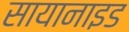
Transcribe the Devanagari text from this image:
सायानाइड